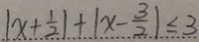
\vert x + \frac { 1 } { 2 } \vert + \vert x - \frac { 3 } { 2 } \vert \leq 3